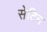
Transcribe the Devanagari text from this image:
सेटिन